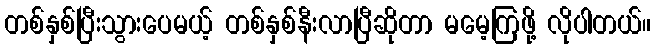
တစ်နှစ်ပြီးသွားပေမယ့် တစ်နှစ်နီးလာပြီဆိုတာ မမေ့ကြဖို့ လိုပါတယ်။